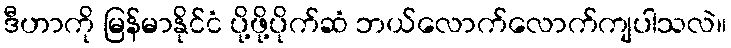
ဒီဟာကို မြန်မာနိုင်ငံ ပို့ဖို့ပိုက်ဆံ ဘယ်လောက်လောက်ကျပါသလဲ။